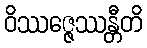
ဝိဿဇ္ဇေဿန္တီတိ